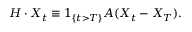
H \cdot X _ { t } \equiv 1 _ { \{ t > T \} } A ( X _ { t } - X _ { T } ) .